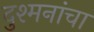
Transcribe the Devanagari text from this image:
दुश्मनांचा